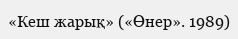
«Кеш жарық» («Өнер». 1989)